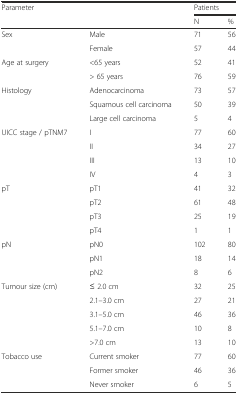
| Parameter |  | <COLSPAN=2> Patients |
 |  |  | N | % |
 | --- | --- | --- | --- |
 | Sex | Male | 71 | 56 |
 |  | Female | 57 | 44 |
 | Age at surgery | <65 years | 52 | 41 |
 |  | > 65 years | 76 | 59 |
 | Histology | Adenocarcinoma | 73 | 57 |
 |  | Squamous cell carcinoma | 50 | 39 |
 |  | Large cell carcinoma | 5 | 4 |
 | UICC stage / pTNM7 | I | 77 | 60 |
 |  | II | 34 | 27 |
 |  | III | 13 | 10 |
 |  | IV | 4 | 3 |
 | pT | pT1 | 41 | 32 |
 |  | pT2 | 61 | 48 |
 |  | pT3 | 25 | 19 |
 |  | pT4 | 1 | 1 |
 | pN | pN0 | 102 | 80 |
 |  | pN1 | 18 | 14 |
 |  | pN2 | 8 | 6 |
 | Tumour size (cm) | ≤ 2.0 cm | 32 | 25 |
 |  | 2.1–3.0 cm | 27 | 21 |
 |  | 3.1–5.0 cm | 46 | 36 |
 |  | 5.1–7.0 cm | 10 | 8 |
 |  | >7.0 cm | 13 | 10 |
 | Tobacco use | Current smoker | 77 | 60 |
 |  | Former smoker | 46 | 36 |
 |  | Never smoker | 6 | 5 |